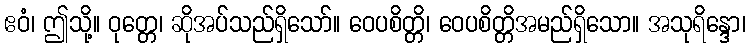
ဧဝံ၊ ဤသို့။ ဝုတ္တေ၊ ဆိုအပ်သည်ရှိသော်။ ဝေပစိတ္တိ၊ ဝေပစိတ္တိအမည်ရှိသော။ အသုရိန္ဒော၊